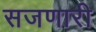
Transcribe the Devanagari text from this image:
सजणारी